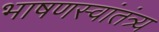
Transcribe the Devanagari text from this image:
भाषणस्वांतंत्र्य